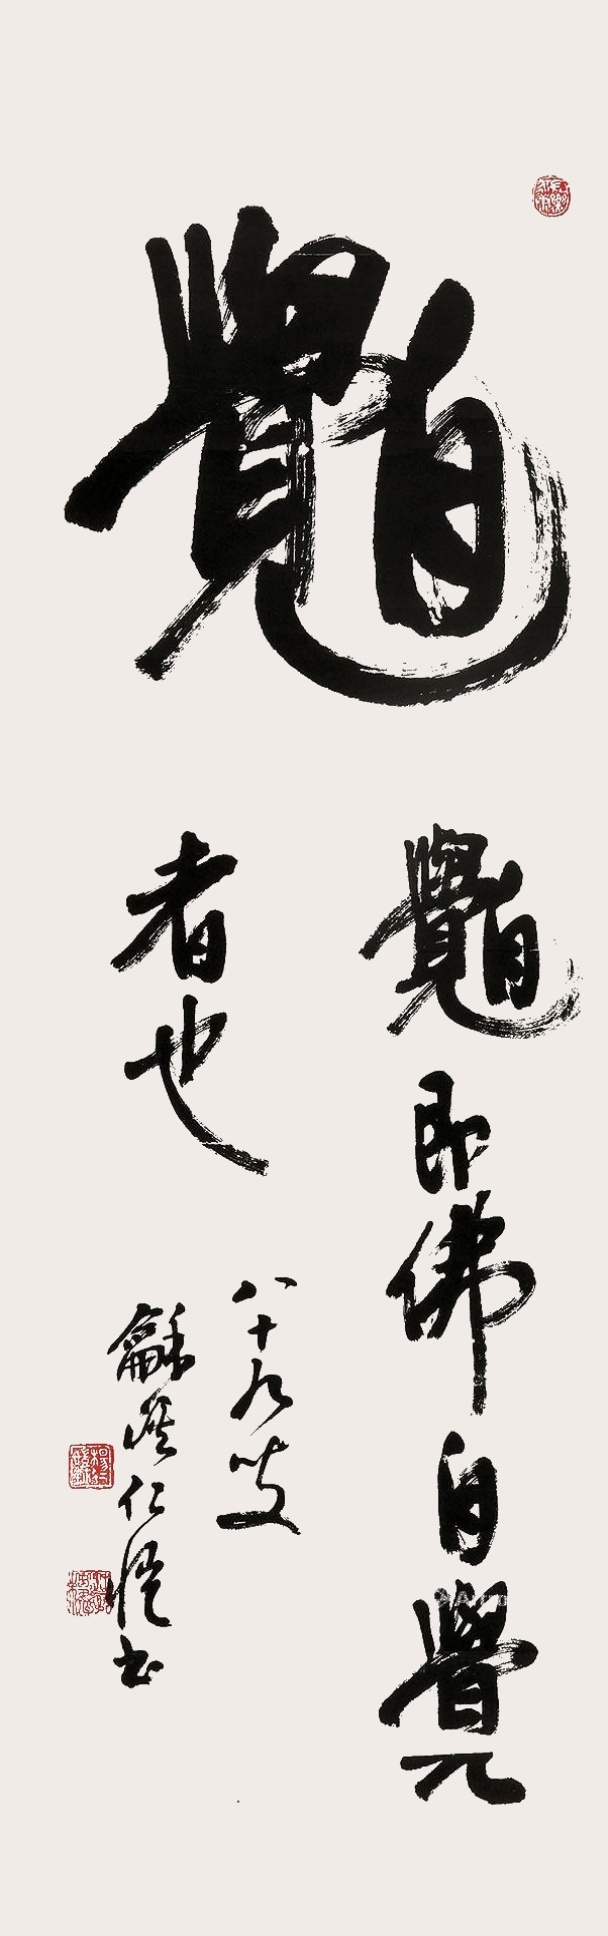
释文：自觉。自觉即佛自觉者也。八十九叟龢溪仁恺书。